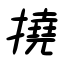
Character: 撓